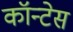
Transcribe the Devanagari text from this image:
कॉन्टेस